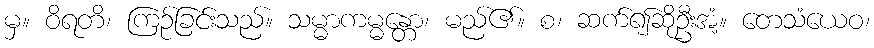
မှ။ ဝိရတိ၊ ကြဉ်ခြင်းသည်။ သမ္မာကမ္မန္တော၊ မည်၏။ စ၊ ဆက်၍ဆိုဦးအံ့။ တေသံယေဝ၊